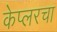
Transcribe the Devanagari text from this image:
केप्लरचा